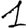
Digit: 1